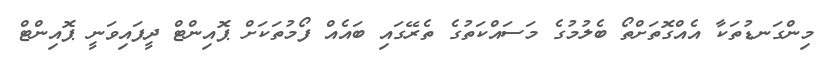
މިންގަނޑުތަކާ އެއްގޮތަށްތޯ ބެލުމުގެ މަސައްކަތުގެ ތެރޭގައި ބައެއް ފޯމުތަކަށް ޕޮއިންޓް ދީފައިވަނީ ޕޮއިންޓް